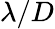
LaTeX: \lambda/D